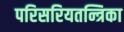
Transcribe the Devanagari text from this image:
परिसरियतन्त्रिका